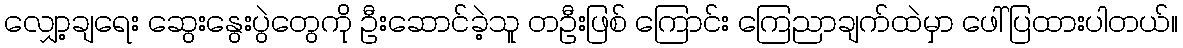
လျှော့ချရေး ဆွေးနွေးပွဲတွေကို ဦးဆောင်ခဲ့သူ တဦးဖြစ် ကြောင်း ကြေညာချက်ထဲမှာ ဖေါ်ပြထားပါတယ်။